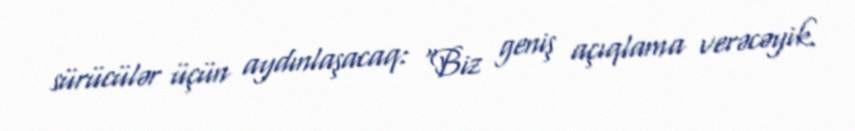
sürücülər üçün aydınlaşacaq: “Biz geniş açıqlama verəcəyik.